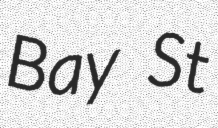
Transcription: Bay St